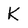
Character: K